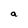
Character: a